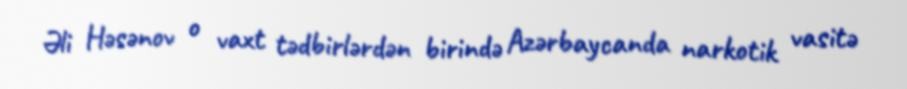
Əli Həsənov o vaxt tədbirlərdən birində Azərbaycanda narkotik vasitə